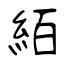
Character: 絔